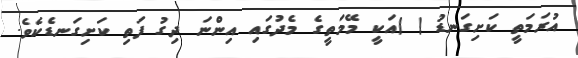
އުރަމަތީ ކަށިގަނޑު ( )އަކީ މޭމަތީގެ މެދުގައި އިންނަ ދިގު ފަތި ކަށިގަނޑެކެވެ.